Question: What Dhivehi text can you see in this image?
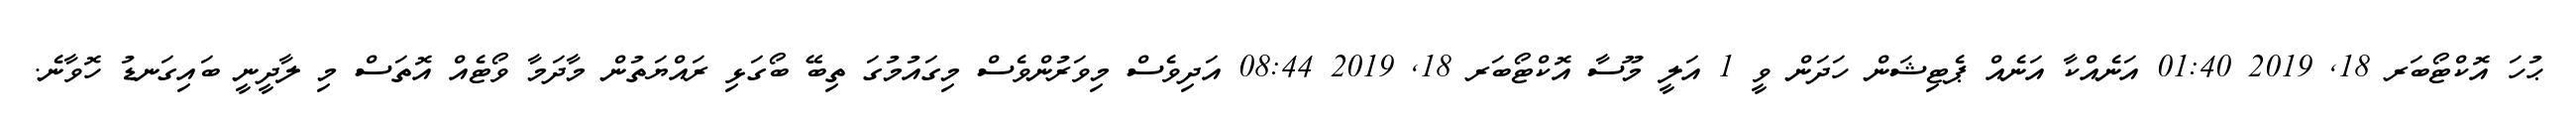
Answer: ޙުހަ އޮކްޓޯބަރ 18, 2019 01:40 އަނެއްކާ އަނެއް ޕެޓިޝަން ހަދަން ވީ 1 އަލީ މޫސާ އޮކްޓޯބަރ 18, 2019 08:44 އަދިވެސް މިވަރުންވެސް މިގައުމުގަ ތިބޭ ބޯގަޅި ރައްޔަތުން މާދަމާ ވޯޓެއް އޮތަސް މި ލާދީނީ ބައިގަނޑު ހޮވާނެ.